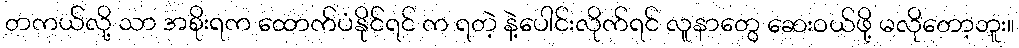
တကယ်လို့ သာ အစိုးရက ထောက်ပံနိုင်ရင် က ရတဲ့ နဲ့ပေါင်းလိုက်ရင် လူနာတွေ ဆေးဝယ်ဖို့ မလိုတော့ဘူး။